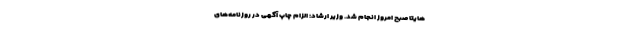
هایتاً صبح امروز انجام شد. وزیر ارشاد: الزام چاپ آگهی در روزنامه‌های